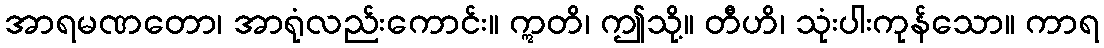
အာရမဏတော၊ အာရုံလည်းကောင်း။ ဣတိ၊ ဤသို့။ တီဟိ၊ သုံးပါးကုန်သော။ ကာရ